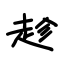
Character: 趁